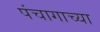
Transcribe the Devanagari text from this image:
पंचागाच्या